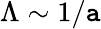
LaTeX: \Lambda\sim1/\mathtt{a}